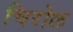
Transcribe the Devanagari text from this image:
चिरोल